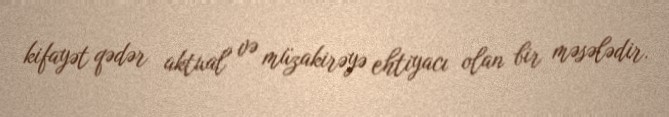
kifayət qədər aktual və müzakirəyə ehtiyacı olan bir məsələdir.